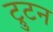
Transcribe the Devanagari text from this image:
ट्रुटन